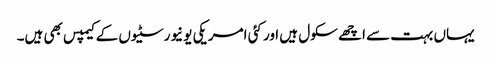
یہاں بہت سے اچھے سکول ہیں اور کئی امریکی یونیورسٹیوں کے کیمپس بھی ہیں۔